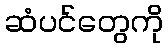
ဆံပင်တွေကို